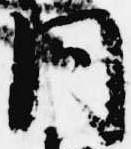
同